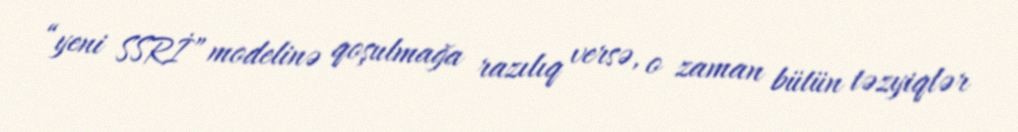
“yeni SSRİ” modelinə qoşulmağa razılıq versə, o zaman bütün təzyiqlər